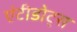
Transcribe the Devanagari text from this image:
एंटीडोट्स